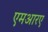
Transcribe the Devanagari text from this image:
एमआरए